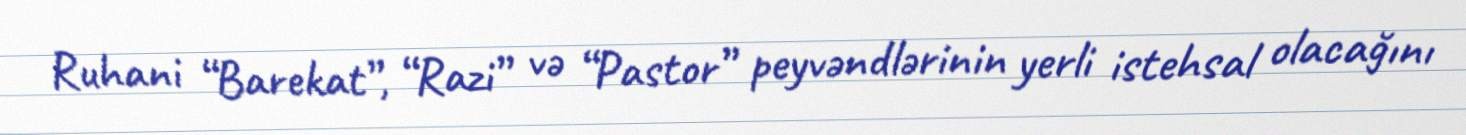
Ruhani “Barekat”, “Razi” və “Pastor” peyvəndlərinin yerli istehsal olacağını